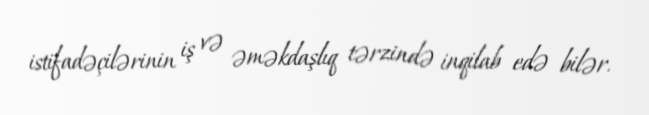
istifadəçilərinin iş və əməkdaşlıq tərzində inqilab edə bilər.